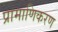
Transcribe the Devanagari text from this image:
प्रामाणिकरण